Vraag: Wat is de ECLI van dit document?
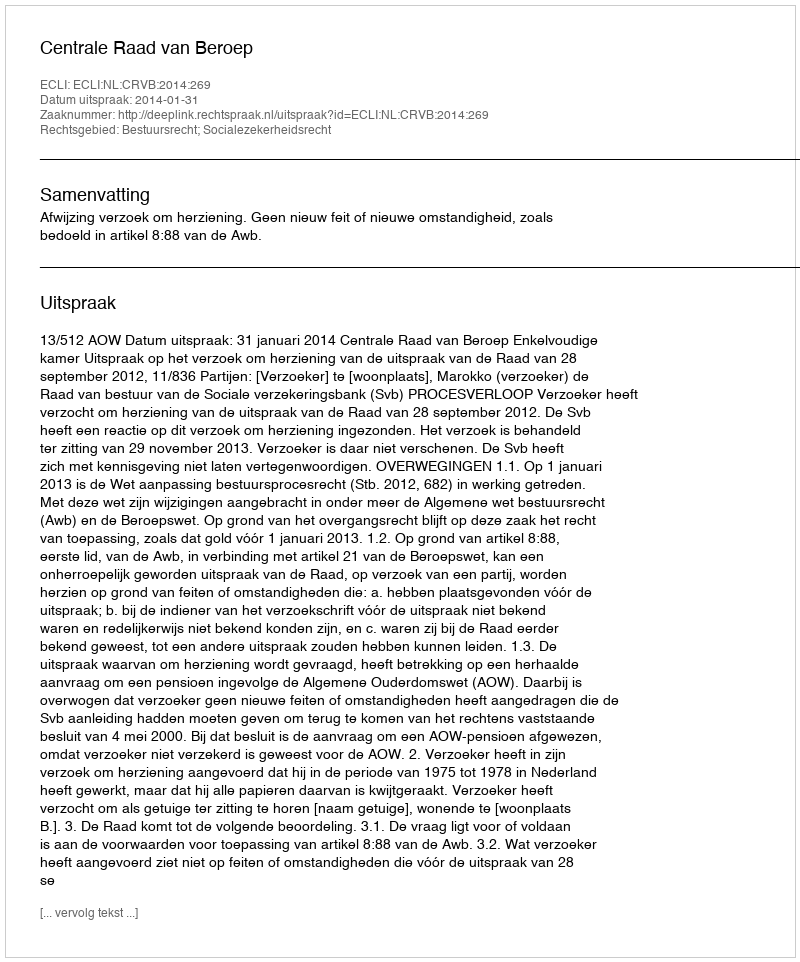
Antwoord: ECLI:NL:CRVB:2014:269